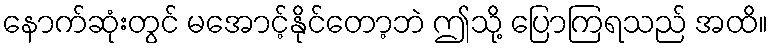
နောက်ဆုံးတွင် မအောင့်နိုင်တော့ဘဲ ဤသို့ ပြောကြရသည် အထိ။